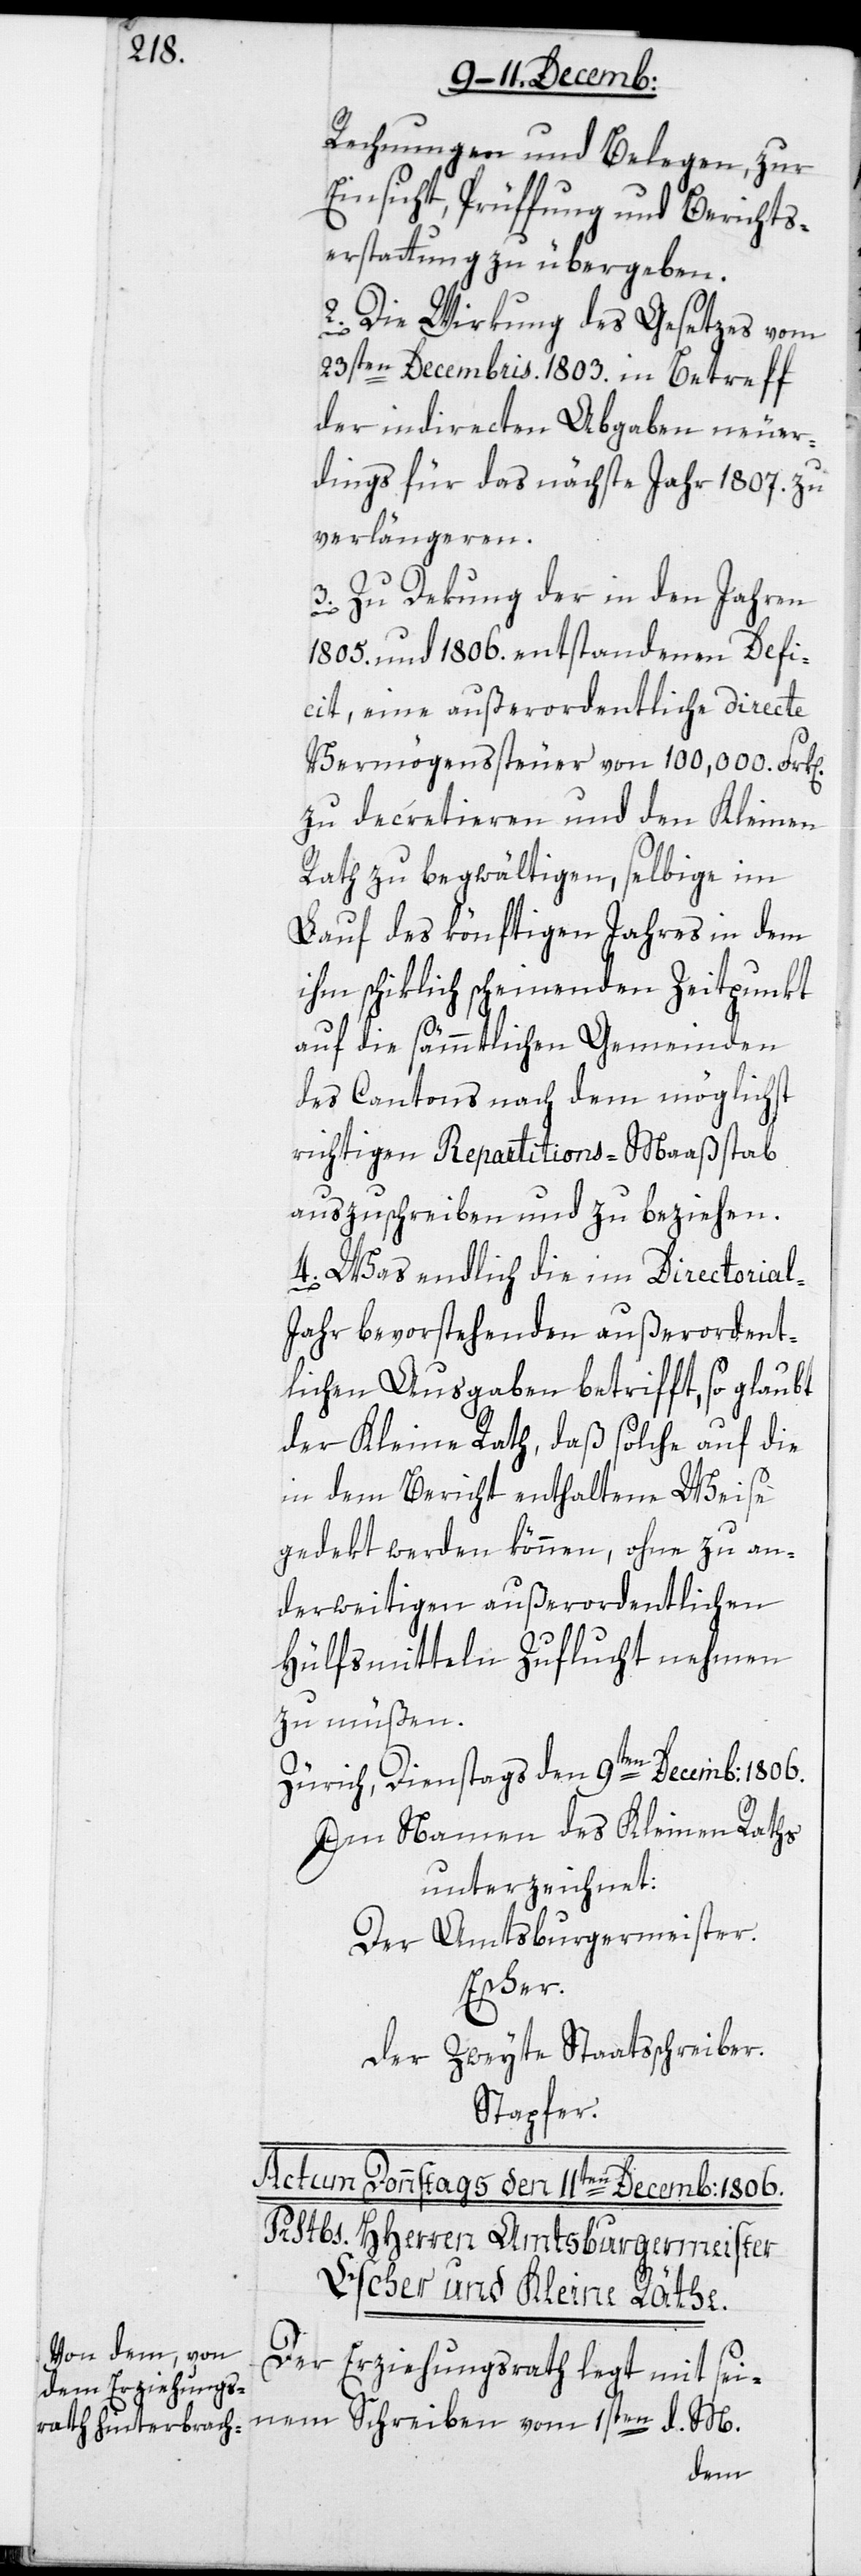
Rechnungen und Belegen, zur
Einsicht, Prüffung und Berichts¬
erstattung zu übergeben.
2. Die Wirkung des Gesetzes vom
23sten Decembris. 1803. in Betreff
der indirecten Abgaben neuer¬
dings für das nächste Jahr 1807. zu
verlängeren.
3. Zu Dekung der in den Jahren
1805. und 1806. entstandenen Defi¬
cit, eine außerordentliche directe
Vermögenssteuer von 100 000 Fr[an¬
zu decretieren und den Kleinen
Rath zu begwältigen, selbige im
Lauf des könftigen Jahres in dem
ihm schiklich scheinenden Zeitpunkt
auf die sämmtlichen Gemeinden
des Cantons nach dem möglichst
richtigen Repartitions-Maaßstab
auszuschreiben und zu beziehen.
4. Was endlich die im Directorial-J¬
ahr bevorstehenden außerordent¬
lichen Ausgaben betrifft, so glaubt
der Kleine Rath, daß solche auf die
in dem Bericht enthaltene Weise
gedekt werden können, ohne zu an¬
derweitigen außerordentlichen
Hülfsmitteln Zuflucht nehmen
zu müßen.
Zürich, Dienstags den 9ten Decemb: 1806.
Im Namen des Kleinen Raths
unterzeichnet:
Der Amtsburgermeister.
Escher.
Der zweyte Staatsschreiber.
Stapfer.
Der
Erziehungsrath legt mit sei¬
nem Schreiben vom 1sten d. M.